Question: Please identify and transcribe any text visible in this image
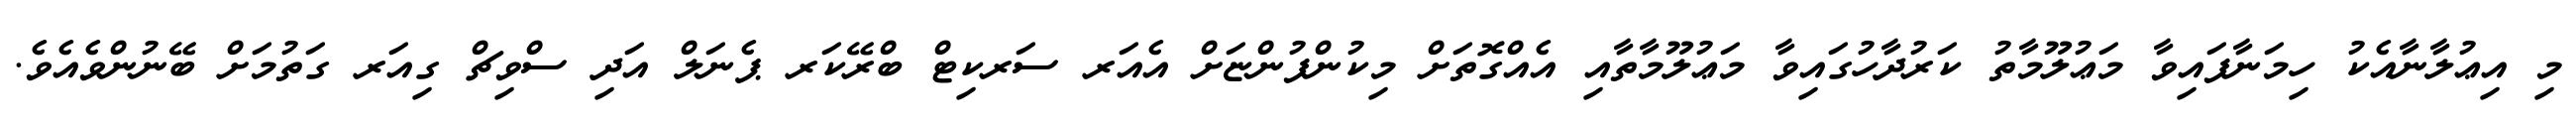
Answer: މި އިޢުލާނާއެކު ހިމަނާފައިވާ މަޢުލޫމާތު ކަރުދާހުގައިވާ މަޢުލޫމާތާއި އެއްގޮތަށް މިކުންފުންޏަށް އެއަރ ސަރކިޓް ބްރޭކަރ ޕެނަލް އަދި ސްވިޗް ގިއަރ ގަތުމަށް ބޭނުންވެއެވެ.